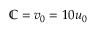
\mathbb { C } = v _ { 0 } = 1 0 u _ { 0 }